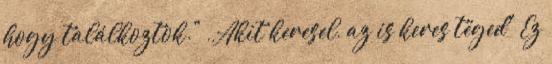
hogy találkoztok." ,,Akit keresel, az is keres téged" Ez